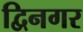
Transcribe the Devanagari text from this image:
द्विनगर